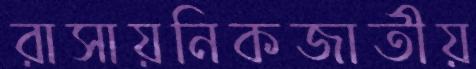
রাসায়নিকজাতীয়